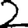
Digit: 2